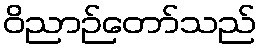
ဝိညာဉ်တော်သည်